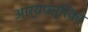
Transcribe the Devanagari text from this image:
आर्यपत्रिका